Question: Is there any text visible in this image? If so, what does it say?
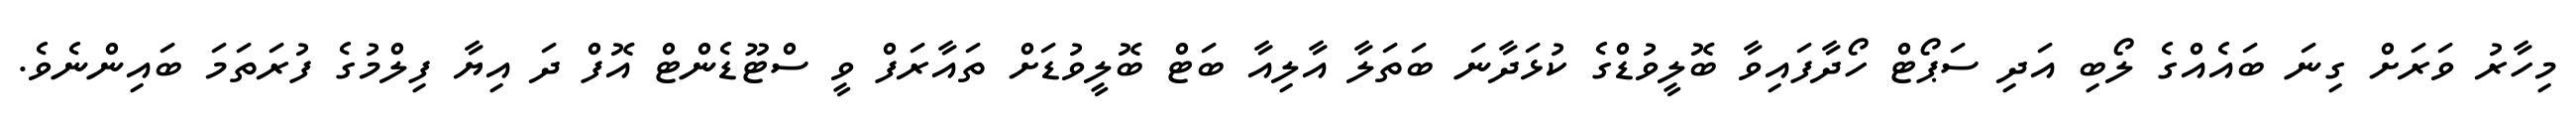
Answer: މިހާރު ވަރަށް ގިނަ ބައެއްގެ ލޯބި އަދި ސަޕޯޓް ހޯދާފައިވާ ބޮލީވުޑްގެ ކުޅަދާނަ ބަތަލާ އާލިއާ ބަޓް ބޮލީވުޑަށް ތައާރަފް ވީ ސްޓޫޑެންޓް އޮފް ދަ އިޔާ ފިލްމުގެ ފުރަތަމަ ބައިންނެވެ.